Report on the metropolitan horse fairs and district horse shows of 1892-93 - 1892-1893
Year: 1892
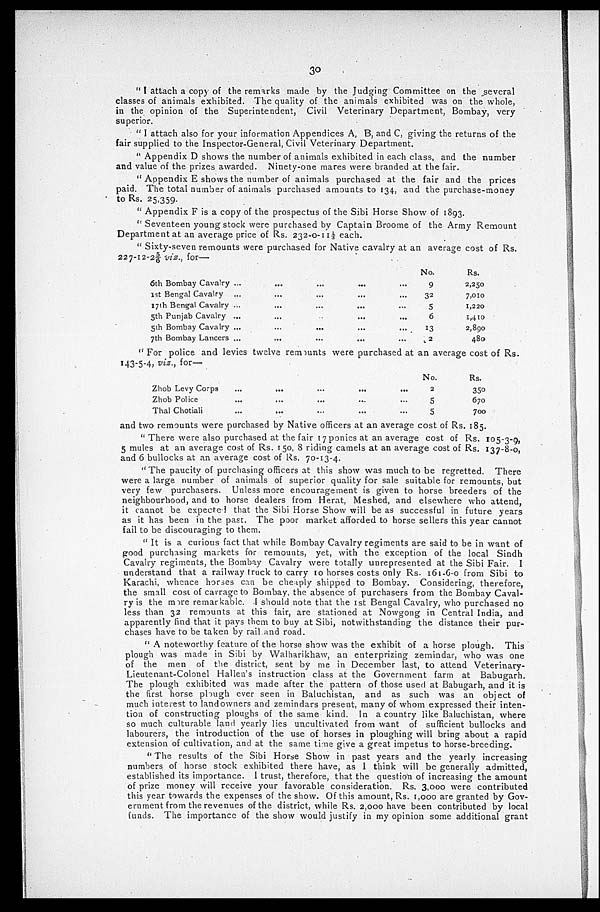
30
"I attach a copy of the remarks made by the Judging Committee on the several
classes of animals exhibited. The quality of the animals exhibited was on the whole,
in the opinion of the Superintendent, Civil Veterinary Department, Bombay, very
superior.
"I attach also for your information Appendices A, B, and C, giving the returns of the
fair supplied to the Inspector-General, Civil Veterinary Department.
"Appendix D shows the number of animals exhibited in each class, and the number
and value of the prizes awarded. Ninety-one mares were branded at the fair.
"Appendix E shows the number of animals purchased at the fair and the prices
paid. The total number of animals purchased amounts to 134, and the purchase-money
to Rs. 25,359.
"Appendix F is a copy of the prospectus of the Sibi Horse Show of 1893.
"Seventeen young stock were purchased by Captain Broome of the Army Remount
Department at an average price of Rs. 232-0-11 ⅓ each.
"Sixty-seven remounts were purchased for Native cavalry at an average cost of Rs.
227-12-25/6 viz., for—
6th Bombay Cavalry ...
1st Bengal Cavalry ...
17th Bengal Cavalry ...
5th Punjab Cavalry ...
5th Bombay Cavalry ...
7th Bombay Lancers ...
...
...
...
...
...
...
...
...
...
...
...
...
...
...
...
...
...
...
...
...
...
...
...
...
No.
9
32
5
6
13
2
Rs.
2,250
7,010
1,220
1,410
2,890
480
"For police and levies twelve remounts were purchased at an average cost of Rs.
143-5-4, viz., for—
Zhob Levy Corps
Zhob Police
Thal Chotiali
...
...
...
...
...
...
...
...
...
...
...
...
...
...
...
No.
2
5
5
Rs.
350
670
700
and two remounts were purchased by Native officers at an average cost of Rs. 185.
"There were also purchased at the fair 17 ponies at an average cost of Rs. 105-3-9,
5 mules at an average cost of Rs. 150, 8 riding camels at an average cost of Rs. 137-8-0,
and 6 bullocks at an average cost of Rs. 70-13-4.
"The paucity of purchasing officers at this show was much to be regretted. There
were a large number of animals of superior quality for sale suitable for remounts, but
very few purchasers. Unless more encouragement is given to horse breeders of the
neighbourhood, and to horse dealers from Herat, Meshed, and elsewhere who attend,
it cannot be expected that the Sibi Horse Show will be as successful in future years
as it has been in the past. The poor market afforded to horse sellers this year cannot
fail to be discouraging to them.
"It is a curious fact that while Bombay Cavalry regiments are said to be in want of
good purchasing markets for remounts, yet, with the exception of the local Sindh
Cavalry regiments, the Bombay Cavalry were totally unrepresented at the Sibi Fair. I
understand that a railway truck to carry 10 horses costs only Rs. 161-6-0 from Sibi to
Karachi, whence horses can be cheaply shipped to Bombay. Considering, therefore,
the small cost of carrage to Bombay, the absence of purchasers from the Bombay Caval
ry is the more remarkable. I should note that the 1st Bengal Cavalry, who purchased no
less than 32 remounts at this fair, are stationed at Nowgong in Central India, and
apparently find that it pays them to buy at Sibi, notwithstanding the distance their pur
chases have to be taken by rail and road.
"A noteworthy feature of the horse show was the exhibit of a horse plough. This
plough was made in Sibi by Walharikhaw, an enterprizing zemindar, who was one
of the men of the district, sent by me in December last, to attend Veterinary-
Lieutenant-Colonel Hallen's instruction class at the Government farm at Babugarh.
The plough exhibited was made after the pattern of those used at Babugarh, and it is
the first horse plough ever seen in Baluchistan, and as such was an object of
much interest to landowners and zemindars present, many of whom expressed their inten
tion of constructing ploughs of the same kind. In a country like Baluchistan, where
so much culturable land yearly lies uncultivated from want of sufficient bullocks and
labourers, the introduction of the use of horses in ploughing will bring about a rapid
extension of cultivation, and at the same time give a great impetus to horse-breeding.
"The results of the Sibi Horse Show in past years and the yearly increasing
numbers of horse stock exhibited there have, as I think will be generally admitted,
established its importance. I trust, therefore, that the question of increasing the amount
of prize money will receive your favorable consideration. Rs. 3,000 were contributed
this year towards the expenses of the show. Of this amount, Rs. 1,000 are granted by Gov
ernment from the revenues of the district, while Rs. 2,000 have been contributed by local
funds. The importance of the show would justify in my opinion some additional grant